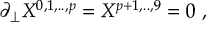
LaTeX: \partial _ { \perp } X ^ { 0 , 1 , . . , p } = X ^ { p + 1 , . . , 9 } = 0 \ ,